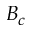
B _ { c }